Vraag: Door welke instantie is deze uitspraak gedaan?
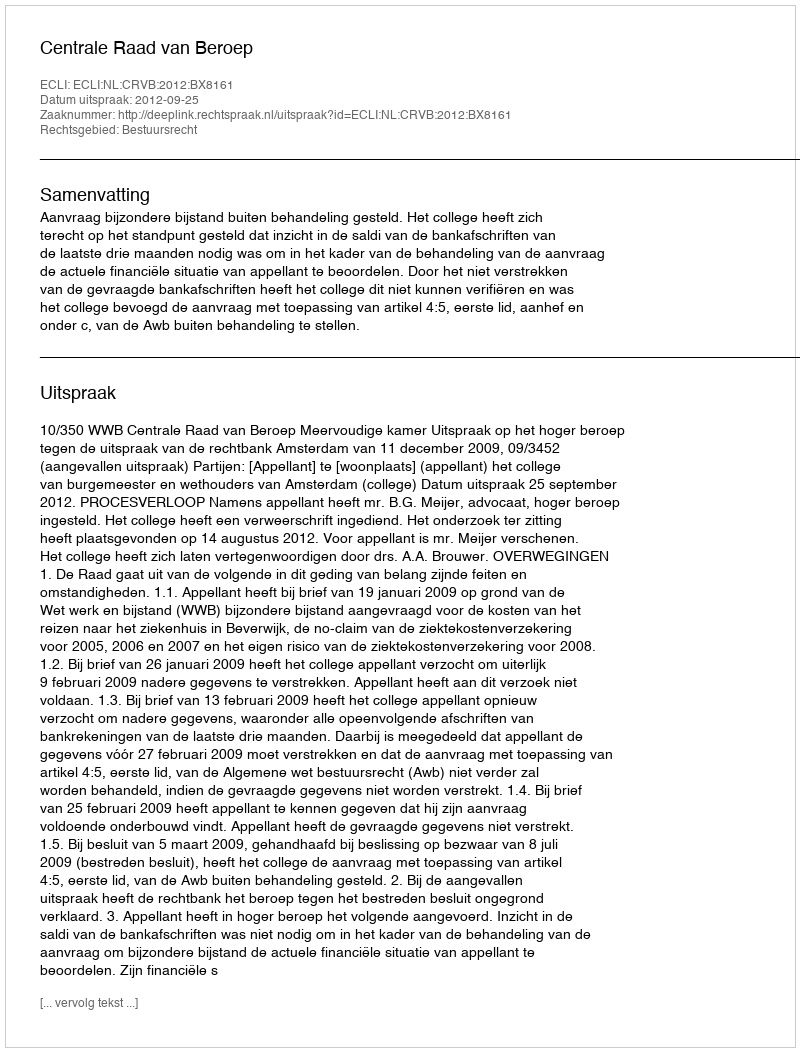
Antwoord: Centrale Raad van Beroep